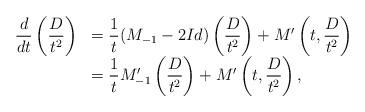
LaTeX: \begin{align*}\begin{array}{ll}\dfrac{d}{dt} \left( \dfrac{D}{t^2} \right)&=\dfrac{1}{t} (M_{-1} -2Id) \left( \dfrac{D}{t^2} \right) + M' \left( t, \dfrac{D}{t^2} \right) \\&=\dfrac{1}{t} M_{-1}' \left( \dfrac{D}{t^2} \right) + M' \left( t, \dfrac{D}{t^2} \right),\end{array}\end{align*}